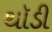
થૉડી